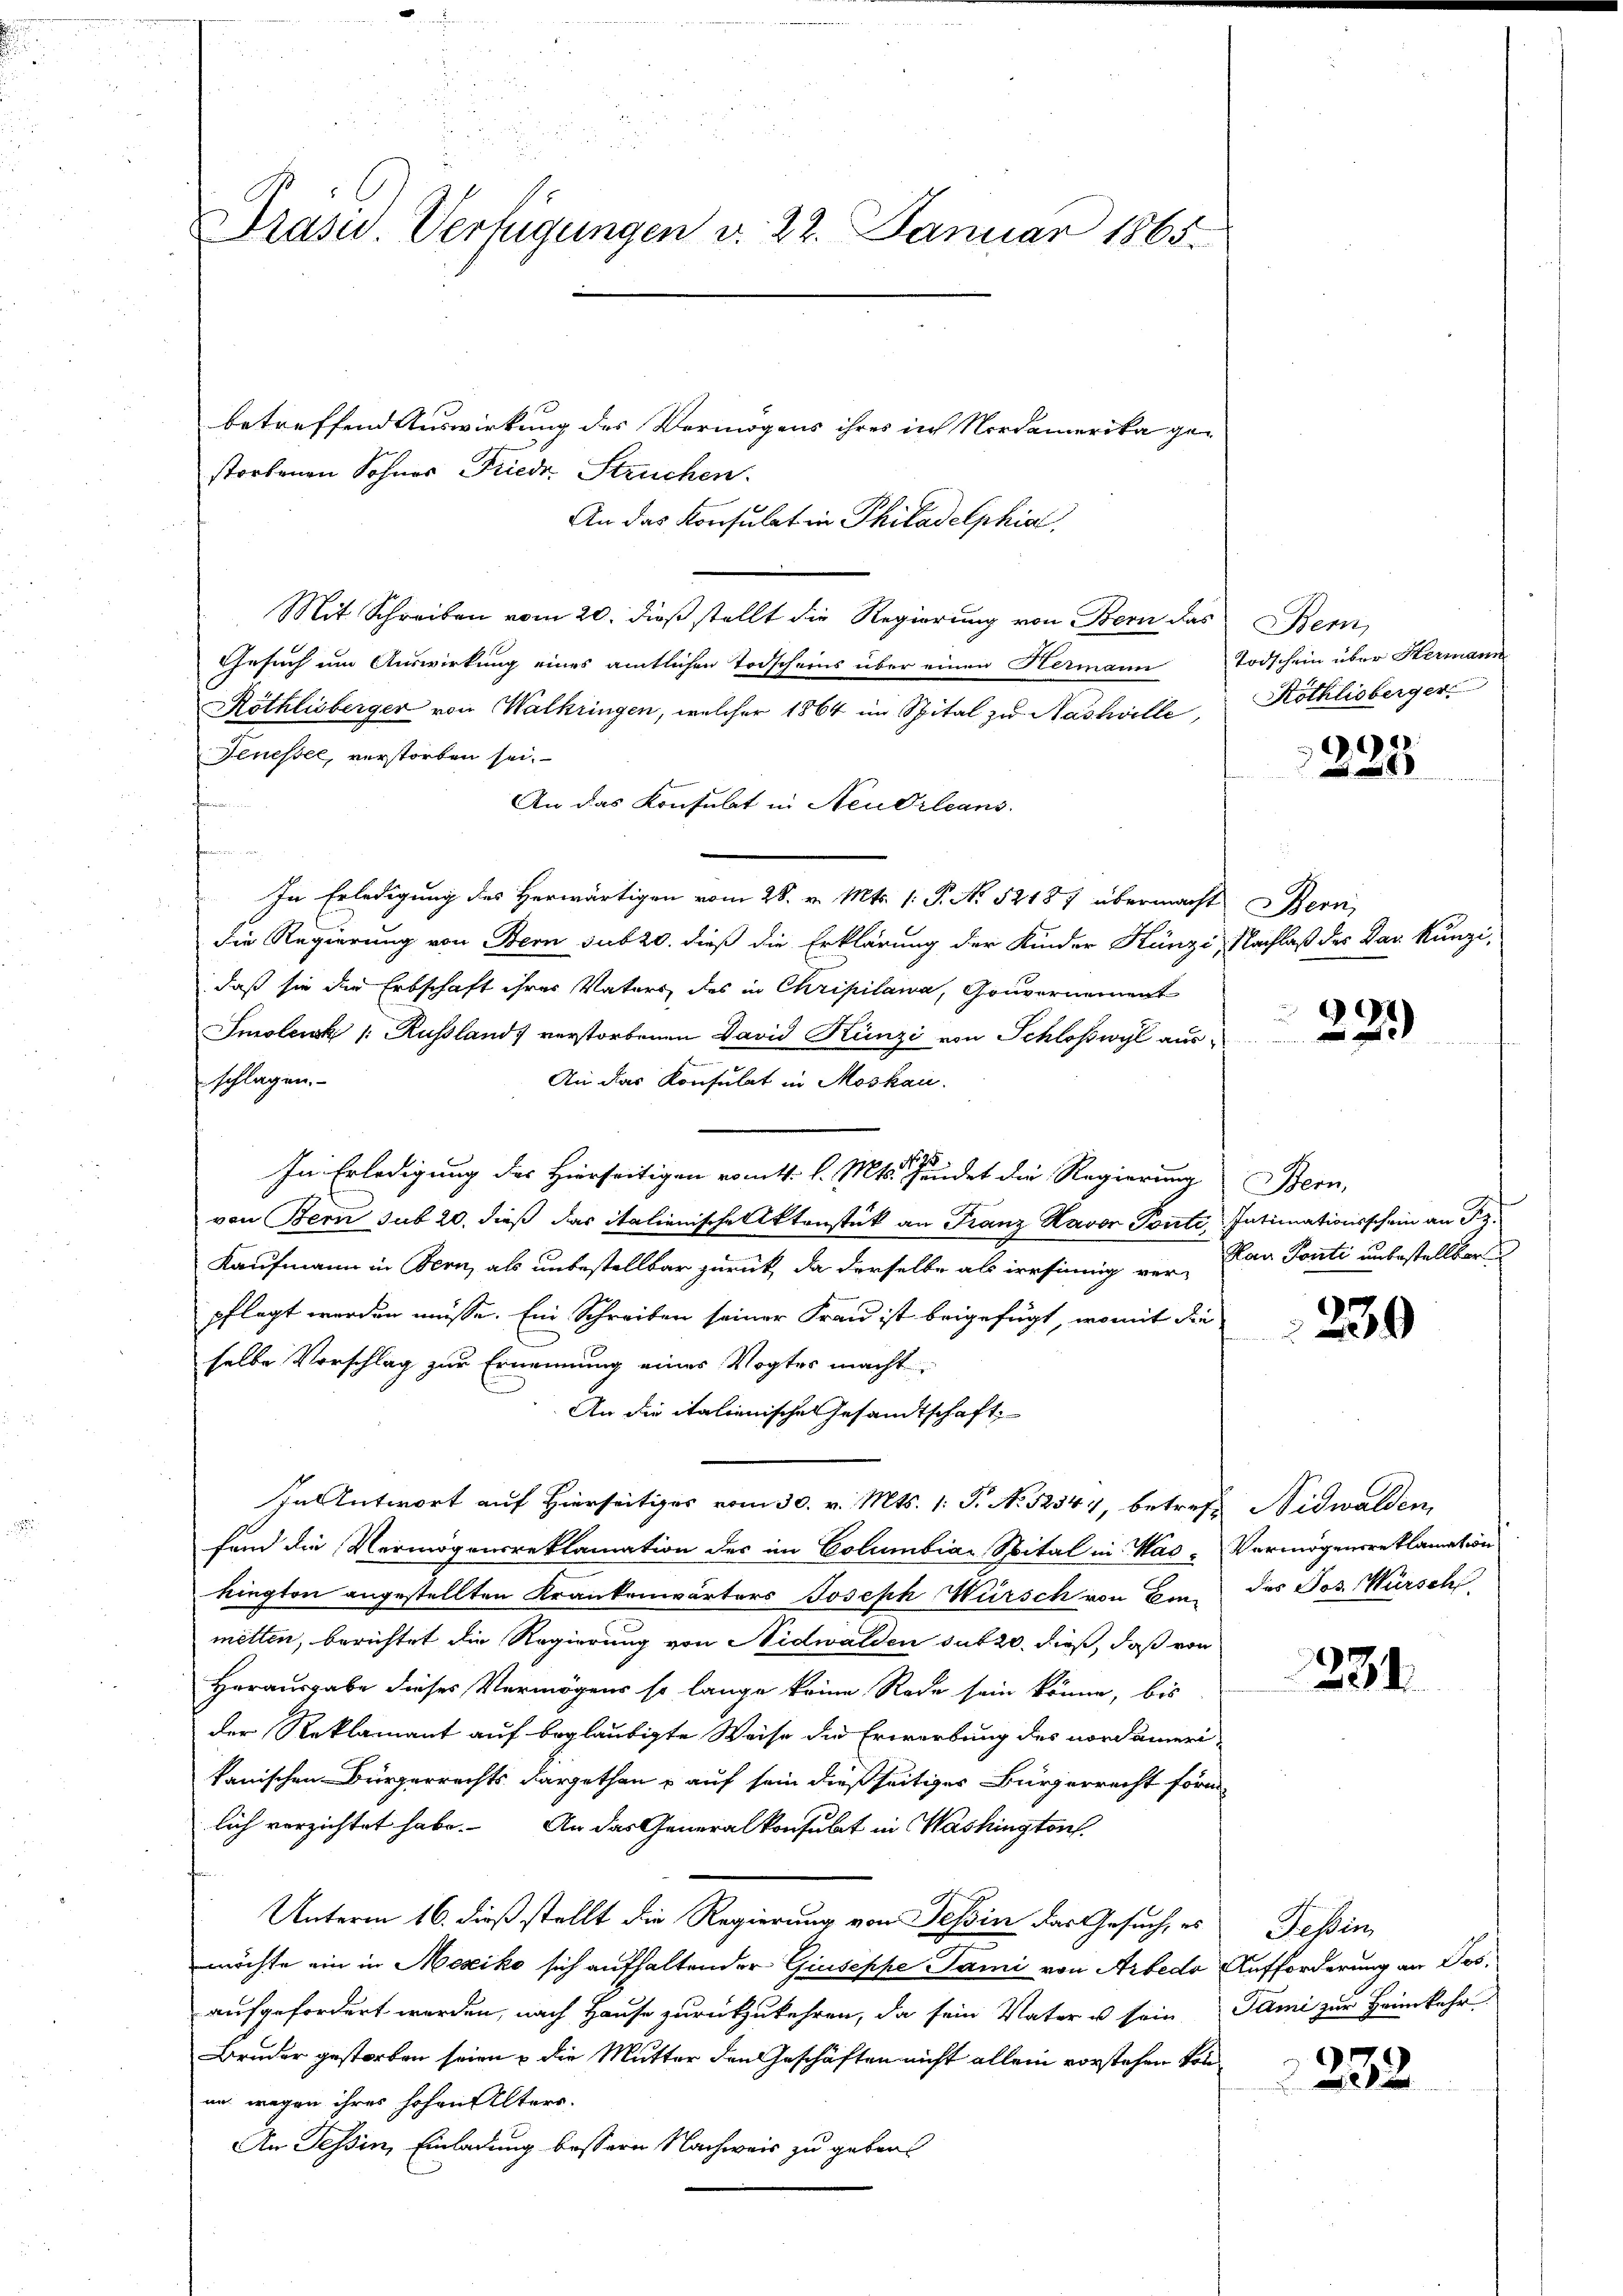
Präsid. Verfügungen v. 22. Januar 1865.

betreffend Auswirkung des Vermögens ihres in Nordamerika gestorbenen Sohner Friede Struchen.
An das Konsulat in Philadelphia
Mit Schreiben vom 20. dieß stellt die Regierung von Bern das
Gesuch um Auswirkung eines amtlichen Todscheins über einen Hermann
Röthlisberger von Walkringen, welcher 1864 im Spital zu Nashville,
Jenessel, verstorben sei.
An das Konsulat in Neu Orleans
In Erledigung des Herwärtigen vom 28. v. Mts. 1. P. No 52187 übermacht Bern,
die Regierung von Bern sub 20. dieß die Erklärung der Kinder Künzi
daß sie die Erbschaft ihres Vaters des in Chripilana, Gouvernement
Smolenk 1: Russland, verstorbenen David Künzi von Schloßwyl aus¬
An das Konsulat in Moskau
schlagen.
In Erledigung des Hierseitigen romt. l. Mts. Pendet die Regierung
von Bern sub 20. dieß das italienische Aktenstück an Franz Havor Toute, Intimationsschein an Sr.
Kaufmann in Bern, als unbestellbar zurück, da derselbe als irrsinnig ver-Kan Ponti unbestellbar
pflegt werden müsse. Ein Schreiben seiner Frau ist beigefügt, womit die
selbe Vorschlag zur Ernennung eines Vogter macht.
An die italienische Gesandtschaft
In Antwort auf Hierseits vom 30. v. Mts. 1. P. No. 52544, betreff Nidwalden,
fand die Vermögensreklamation des im Columbiar Spital in Was- Vermögensreklamation
kingten angestellten Krankenwärters Joseph Würsch von Einmetten, berichtet die Regierung von Nidwalden sub 20. dieß, daß von
Herausgabe dieses Vermögens so lange keine Rede sein könne, bis
der Reklamant auf beglaubigte Weise die Erwerbung des nordamerikanischen Bürgerrechts dargethan & auf sein dießseitiger Bürgerrecht förmlich verzichtet habe. An das Generalkonsulat in Washington
t
Unterm 16. dieß stellt die Regierung von Tessin das Gesuch, es
möchte ein in Mesiko sich aufhaltender Giuseppe ami von Arbedo Aufforderung an Jos.
aufgefordert werden, nach Hause zurückzukehren, da sein Vater u sein Tämi zur Heimkehr
Bruder gestorben seien u die Mutter den Geschäften nicht allein vorstehen könan wegen ihres hohen Alters.
An Tessin, Einladung bessern Nachweis zu geben.

Bern,
Todschein über Hermann
Köthlisberger

9

Nachlaß des Dar Kunzi¬

229)

Bern,

)
9

des Jos. Würschl

231.

Hessen

2232